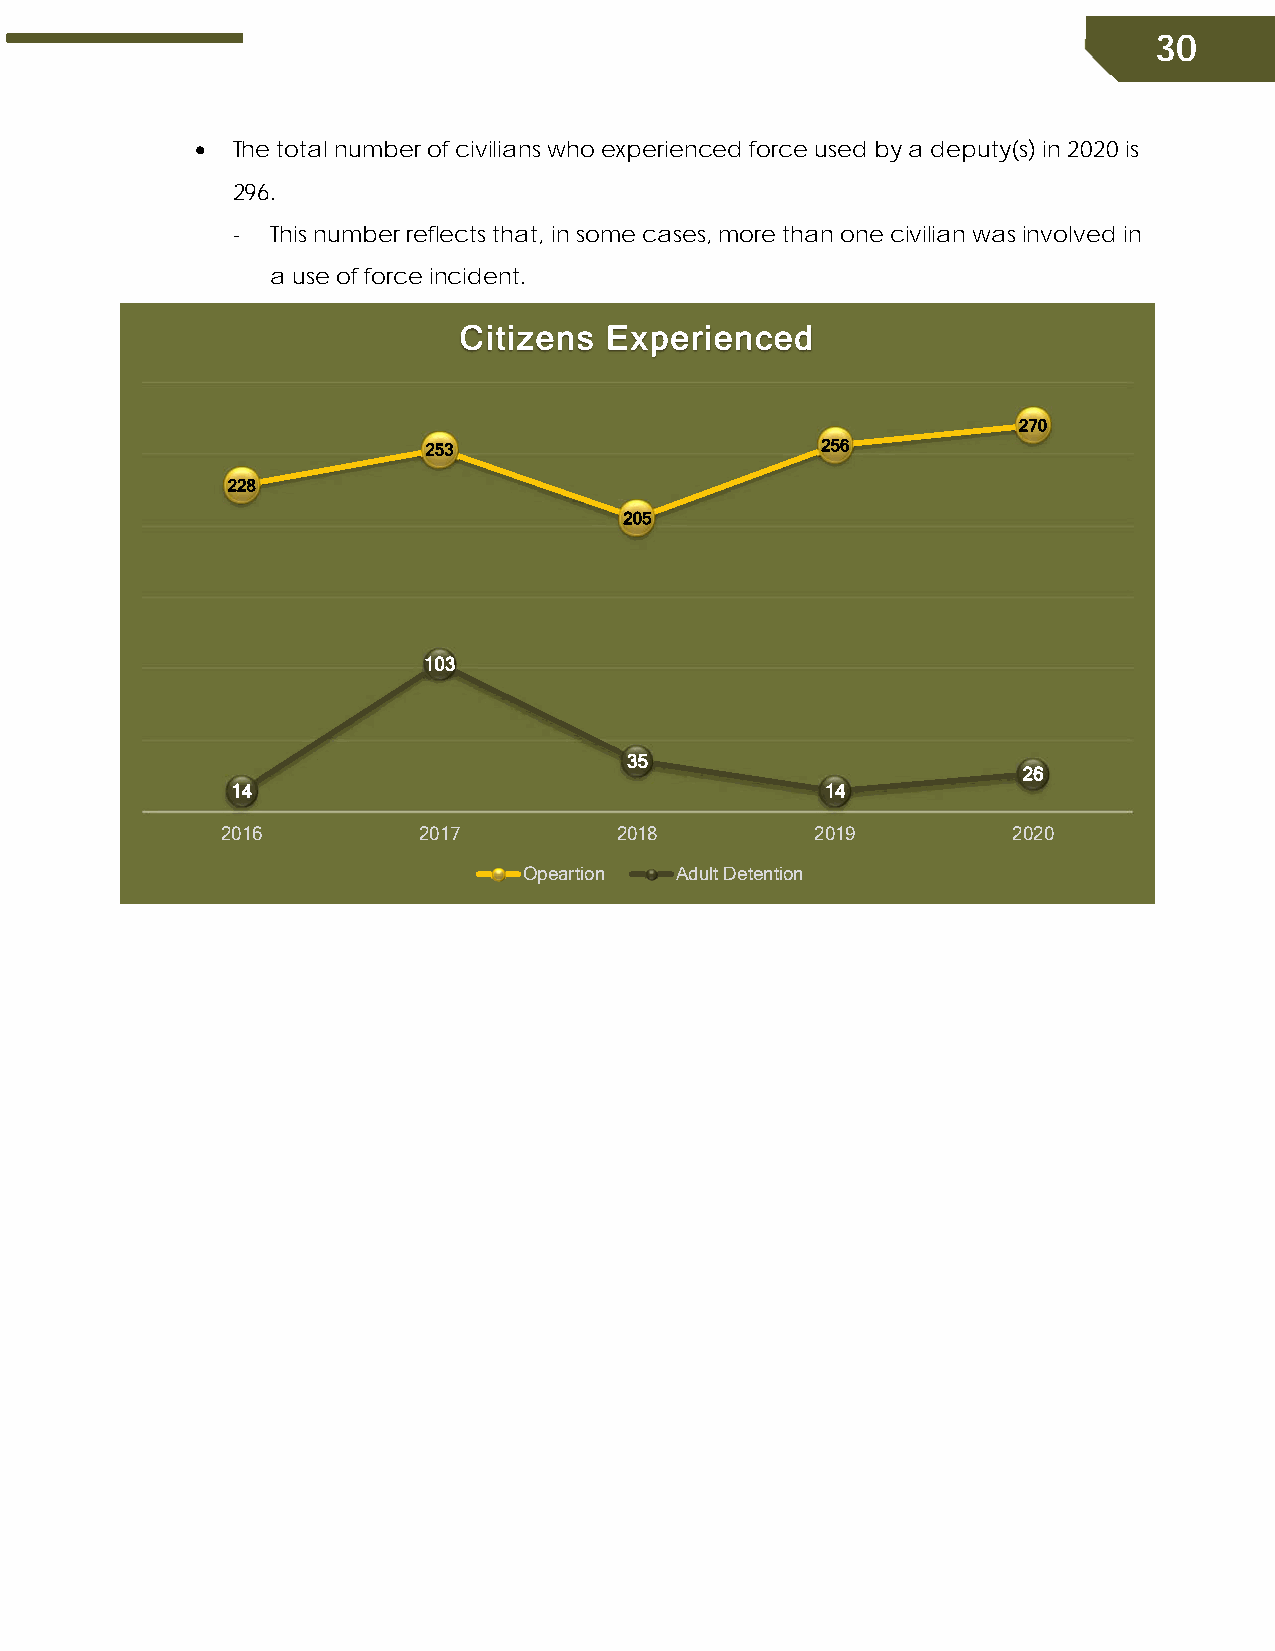
30
  The total number of civilians who experienced force used by a deputy(s) in 2020 is
 296.
 -  This number reflects that, in some cases, more than one civilian was involved in
 a use of force incident.
 Citizens  Experienced
 270
 253                       256
 228
 205
 103
 35
 26
 14                                      14
 2016         2017         2018         2019         2020
 Opeartion Adult Detention